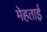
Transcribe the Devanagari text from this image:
मेहताई